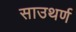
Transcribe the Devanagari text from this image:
साउथर्ण